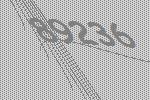
89236